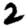
Digit: 2